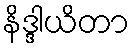
နိဒ္ဒါယိတာ